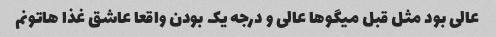
عالی بود مثل قبل میگو‌ها عالی و درجه یک بودن واقعا عاشق غذا هاتونم